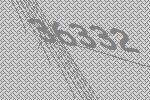
36332